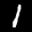
Label: 1